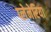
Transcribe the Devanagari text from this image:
प्लेनेरिया